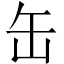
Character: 缶